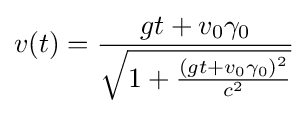
v(t)={\frac {gt+v_{0}\gamma _{0}}{\sqrt {1+{\frac {\left(gt+v_{0}\gamma _{0}\right)^{2}}{c^{2}}}}}}